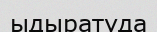
ыдыратуда